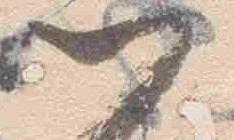
門